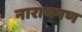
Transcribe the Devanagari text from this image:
नारायनण